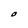
Character: O